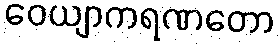
ဝေယျာကရဏတော